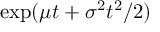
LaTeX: \exp ( \mu t + \sigma ^ { 2 } t ^ { 2 } / 2 )